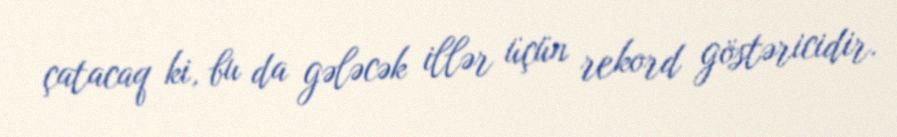
çatacaq ki, bu da gələcək illər üçün rekord göstəricidir.